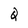
Character: Q